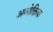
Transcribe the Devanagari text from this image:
अव्येक्तिक